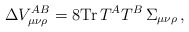
\begin{align*}\Delta V_{\mu\nu\rho}^{AB}=8{\rm Tr}\,T^AT^B\,\Sigma_{\mu\nu\rho}\, ,\end{align*}